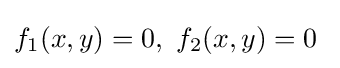
f_{1}(x,y)=0,\ f_{2}(x,y)=0\